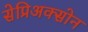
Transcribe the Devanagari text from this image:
सेप्रिअक्सोन